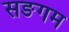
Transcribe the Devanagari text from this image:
सङगम